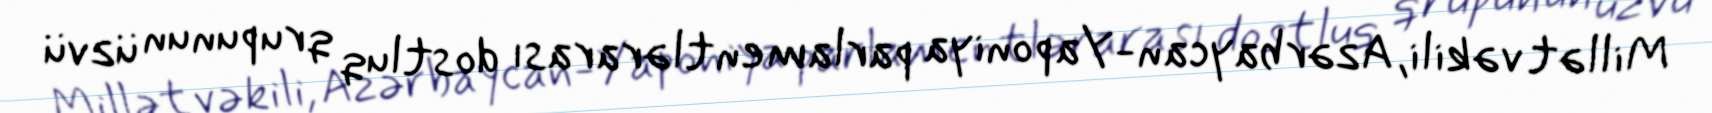
Millət vəkili, Azərbaycan-Yaponiya parlamentlərarası dostluq qrupunun üzvü